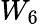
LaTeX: W_{6}